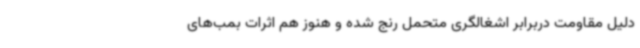
دلیل مقاومت دربرابر اشغالگری متحمل رنج شده و هنوز هم اثرات بمب‌های